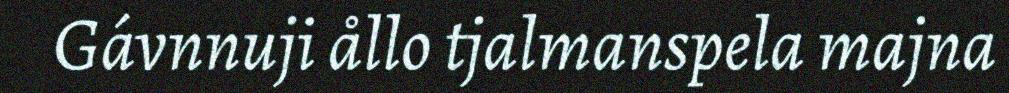
Gávnnuji ållo tjalmanspela majna